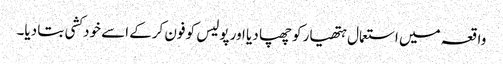
واقعہ میں استعمال ہتھیار کو چھپا دیا اور پولیس کو فون کرکے اسے خودکشی بتا دیا۔